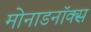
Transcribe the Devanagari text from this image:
मोनाडनॉक्स